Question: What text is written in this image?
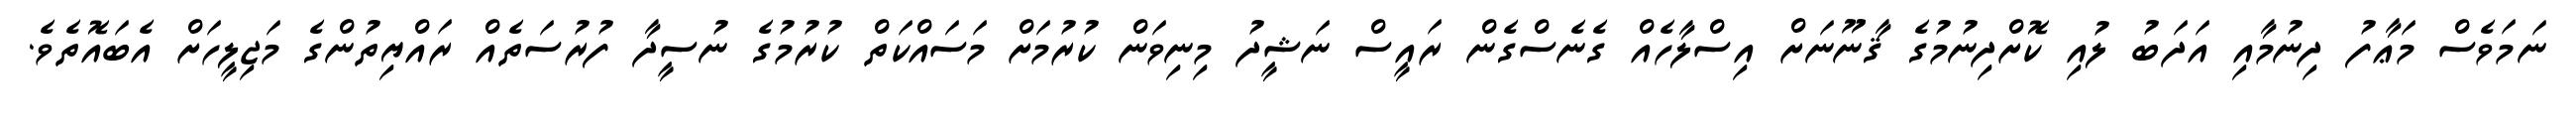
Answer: ނަމަވެސް މަޢާފު ދިނުމާއި އަދަބު ލުއި ކޮށްދިނުމުގެ ޤާނޫނަށް އިސްލާހެއް ގެނެސްގެން ރައީސް ނަޝީދު މިނިވަން ކުރުމަށް މަސައްކަތް ކުރުމުގެ ނުސީދާ ފުރުސަތެއް ރައްޔިތުންގެ މަޖިލީހަށް އެބައޮތެވެ.